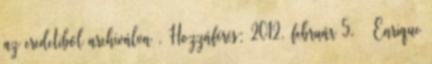
az eredetiből archiválva . Hozzáférés: 2012. február 5. ↑ Enrique